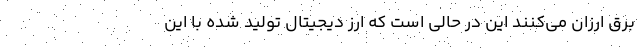
برق ارزان می‌کنند این در حالی است که ارز دیجیتال تولید شده با این